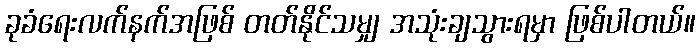
ခုခံရေးလက်နက်အဖြစ် တတ်နိုင်သမျှ အသုံးချသွားရမှာ ဖြစ်ပါတယ်။